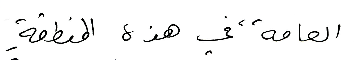
العامة في هذه المنطقةِ